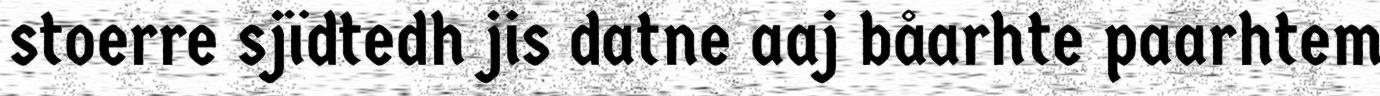
stoerre sjïdtedh jis datne aaj båarhte paarhtem